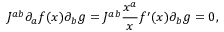
J ^ { a b } \partial _ { a } f ( x ) \partial _ { b } g = J ^ { a b } \frac { x ^ { a } } { x } f ^ { \prime } ( x ) \partial _ { b } g = 0 ,